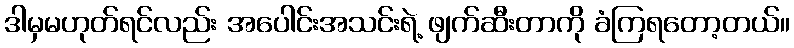
ဒါမှမဟုတ်ရင်လည်း အပေါင်းအသင်းရဲ့ ဖျက်ဆီးတာကို ခံကြရတော့တယ်။